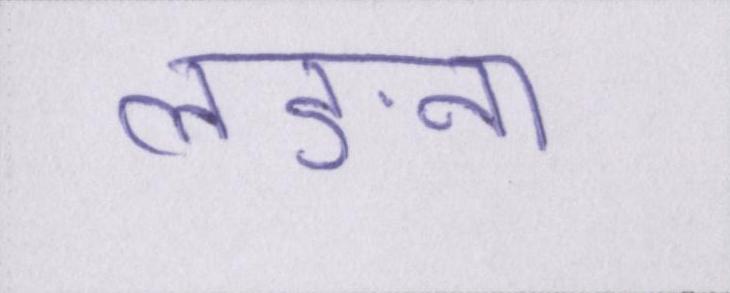
लङना